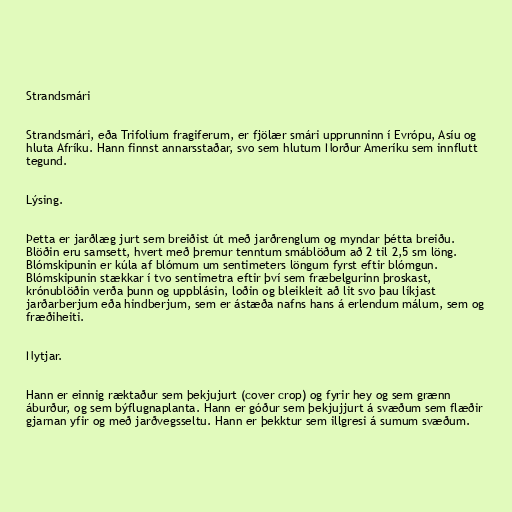
Strandsmári

Strandsmári, eða Trifolium fragiferum, er fjölær smári upprunninn í Evrópu, Asíu og
hluta Afríku. Hann finnst annarsstaðar, svo sem hlutum Norður Ameríku sem innflutt
tegund.

Lýsing.

Þetta er jarðlæg jurt sem breiðist út með jarðrenglum og myndar þétta breiðu.
Blöðin eru samsett, hvert með þremur tenntum smáblöðum að 2 til 2,5 sm löng.
Blómskipunin er kúla af blómum um sentimeters löngum fyrst eftir blómgun.
Blómskipunin stækkar í tvo sentimetra eftir því sem fræbelgurinn þroskast,
krónublöðin verða þunn og uppblásin, loðin og bleikleit að lit svo þau líkjast
jarðarberjum eða hindberjum, sem er ástæða nafns hans á erlendum málum, sem og
fræðiheiti.

Nytjar.

Hann er einnig ræktaður sem þekjujurt (cover crop) og fyrir hey og sem grænn
áburður, og sem býflugnaplanta. Hann er góður sem þekjujjurt á svæðum sem flæðir
gjarnan yfir og með jarðvegsseltu. Hann er þekktur sem illgresi á sumum svæðum.